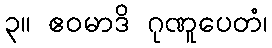
၃။ ဧဝမာဒိ ဂုဏူပေတံ၊